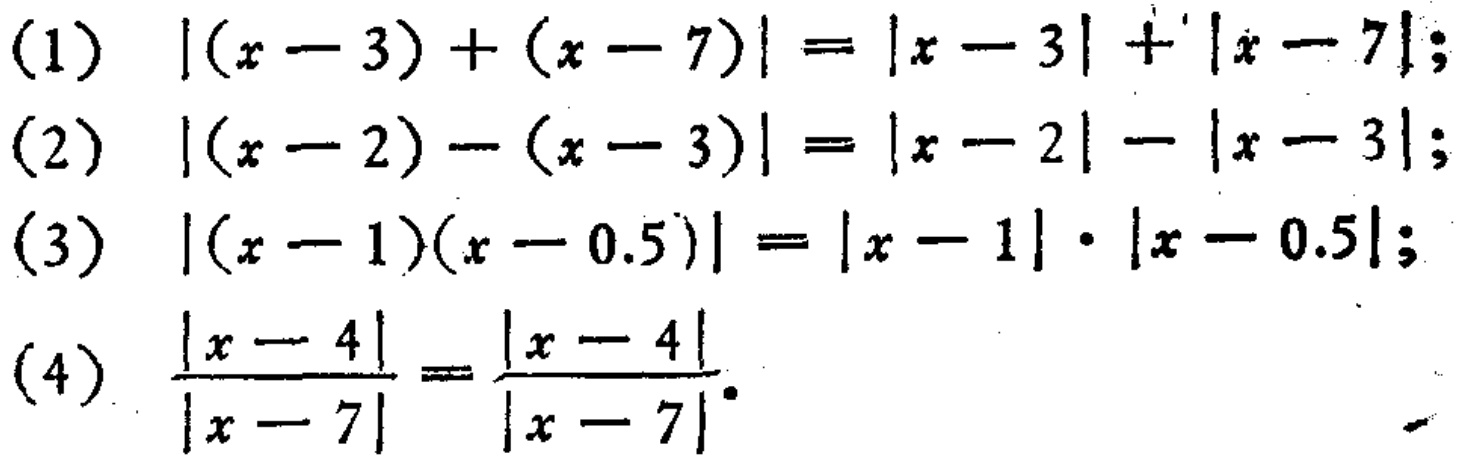
(1) \(|(x - 3)+(x - 7)|=|x - 3|+|x - 7|\);
(2) \(|(x - 2)-(x - 3)|=|x - 2|-|x - 3|\);
(3) \(|(x - 1)(x - 0.5)|=|x - 1|\cdot|x - 0.5|\);
(4) \(\frac{|x - 4|}{|x - 7|}=\frac{|x - 4|}{|x - 7|}\).